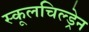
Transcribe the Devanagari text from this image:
स्कूलचिल्ड्रेन